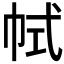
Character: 𢂑